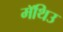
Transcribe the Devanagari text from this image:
मॅथिउ